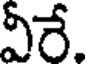
వీరే.